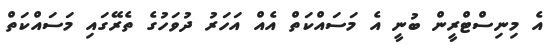
އެ މިނިސްޓްރީން ބުނީ އެ މަސައްކަތް އެއް އަހަރު ދުވަހުގެ ތެރޭގައި މަސައްކަތް